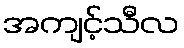
အကျင့်သီလ